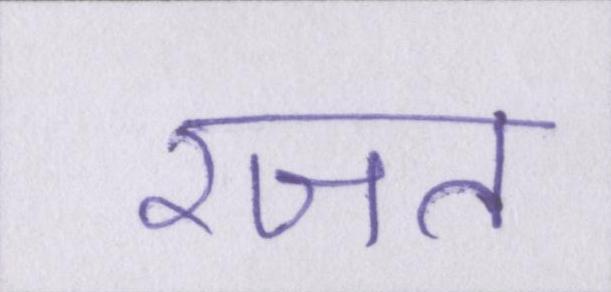
रजत